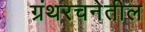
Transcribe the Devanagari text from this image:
ग्रंथरचनेतील